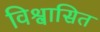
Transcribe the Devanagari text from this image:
विश्वासित